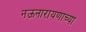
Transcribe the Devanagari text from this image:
नऊनारायणाच्या